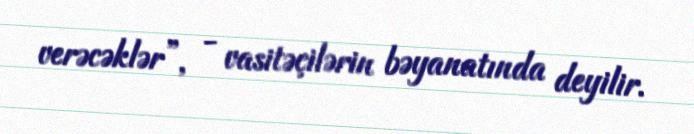
verəcəklər”, - vasitəçilərin bəyanatında deyilir.